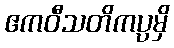
ဧကဝီသတိကပ္ပမှိ